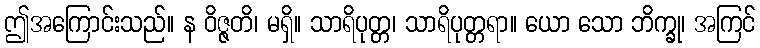
ဤအကြောင်းသည်။ န ဝိဇ္ဇတိ၊ မရှိ။ သာရိပုတ္တ၊ သာရိပုတ္တရာ။ ယော သော ဘိက္ခု၊ အကြင်